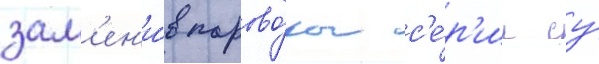
зам'ен'и́в парово́зы с'е́р'ии су́